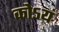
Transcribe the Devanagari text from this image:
कोऽयं